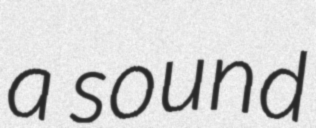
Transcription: a sound